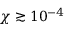
\chi \gtrsim 1 0 ^ { - 4 }